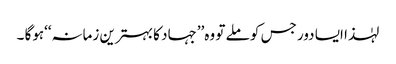
لہٰذا ایسا دور جس کو ملے تو وہ’’جہاد کا بہترین زمانہ‘‘ہوگا ۔